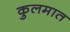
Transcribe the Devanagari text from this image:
कुलमात